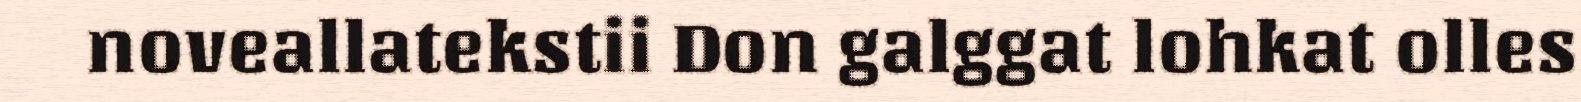
noveallatekstii Don galggat lohkat olles